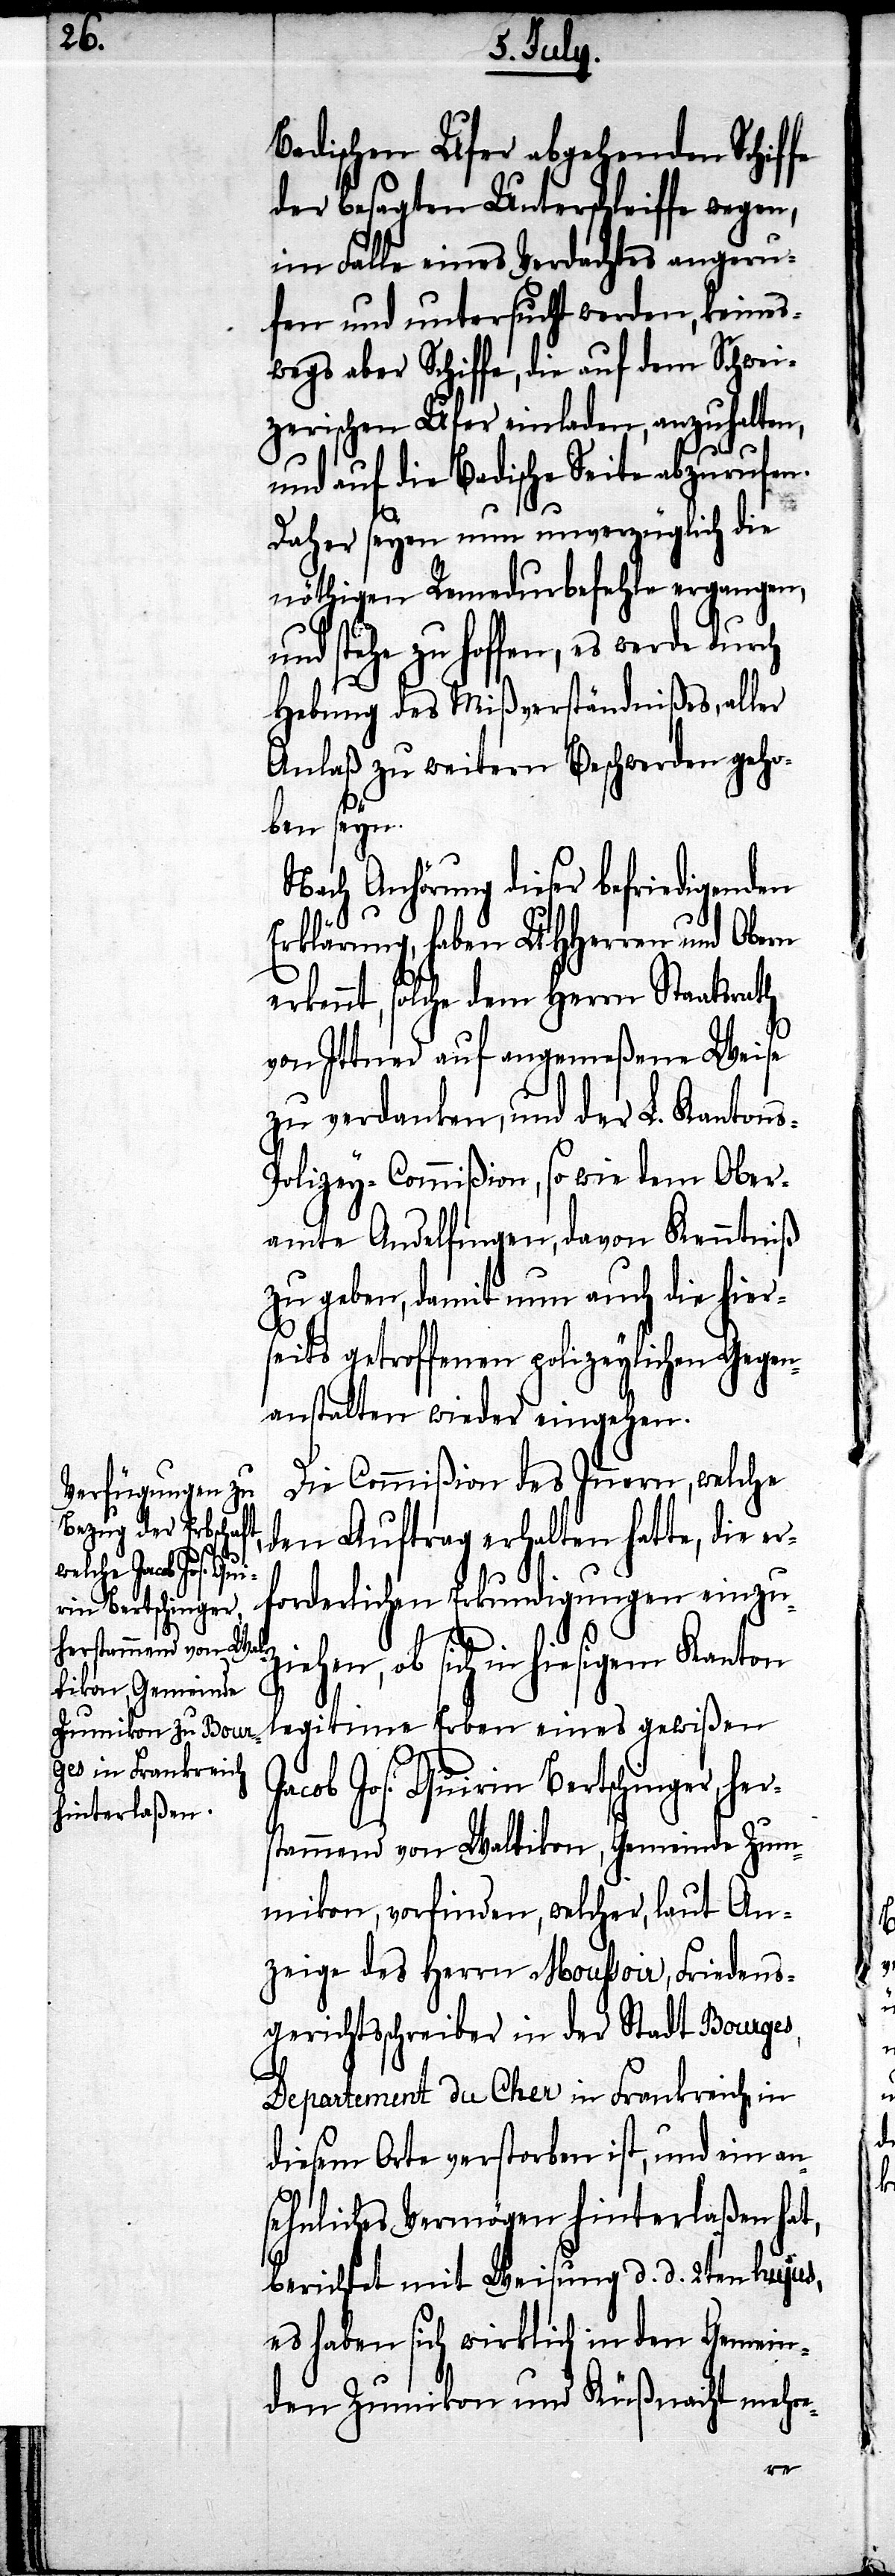
Badischen Ufer abgehenden Schiffe
der besagten Unterschleiffe wegen,
im Falle eines Verdachtes angeru¬
fen und untersucht werden, keines¬
wegs aber Schiffe, die auf dem Schwei¬
zerischen Ufer einladen, anzuhalten,
und auf die Badische Seite abzurufen.
Daher seyen nun unverzüglich die
nöthigen Remedurbefehle ergangen,
stehe zu hoffen, es werde durch
Hebung des Mißverständnißes, aller
Anlaß zu weitern Beschwerden geho¬
ben seyn.
Nach Anhörung dieser befriedigenden
Erklärung, haben UHHerren und Obern
erkennt, solche dem Herrn Staatsrath
von Ittner auf angemeßene Weise
zu verdanken, und der L. Kanton¬
olizey-Commißion, so wie dem Ober¬
amte Andelfingen, davon Kenntniß
zu geben, damit nun auch die hiers¬
eits getroffenen polizeylichen Gegen¬
anstalten wieder eingehen.
Die Commißon des Innern, welche
den Auftrag erhalten hatte, die er¬
forderlichen Erkundigungen einzu¬
ehen, ob sich in hiesigem Kanton
legitime Erben eines gewißen
acob Jos. Quirin Bertschinger,
stammend von Waltikon, Gemeinde Zum¬
ikon, vorfinden, welcher, laut An¬
zeige des Herrn Moussoir, Friedens¬
gerichtsschreiber in der Stadt Bourges,
Departement du Cher in Frankreich in
diesem Orte verstorben ist, und ein an¬
sehnliches Vermögen hinterlaßen hat,
berichtet mit Weisung d. d. 2ten hujus,
es haben sich wirklich in den Gemein¬
den Zumikon und Küßnacht mehr¬
e-